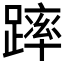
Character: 𨄮